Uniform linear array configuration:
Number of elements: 16
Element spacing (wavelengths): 1
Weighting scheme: hann
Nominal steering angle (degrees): -60
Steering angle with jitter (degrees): -60.906
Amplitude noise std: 0.05
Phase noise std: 0.05

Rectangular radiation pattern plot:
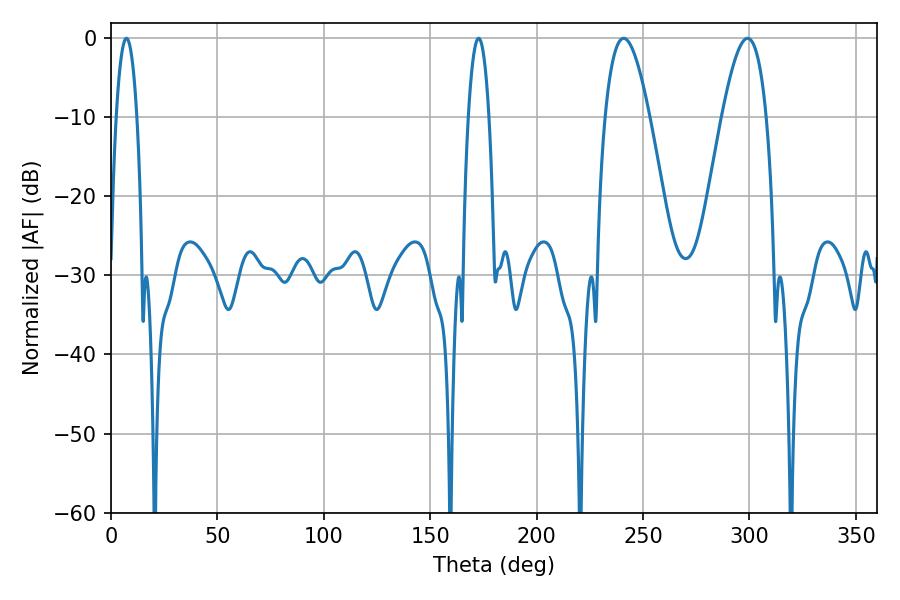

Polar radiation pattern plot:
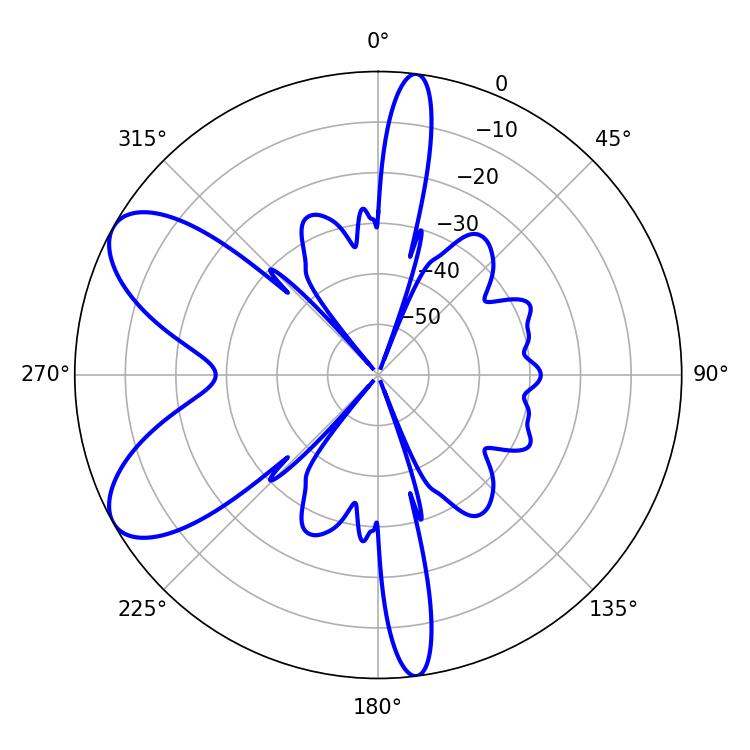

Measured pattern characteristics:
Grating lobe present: TRUE
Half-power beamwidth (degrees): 11.34
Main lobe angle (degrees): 240.84